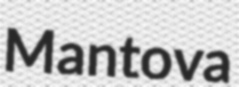
Mantova